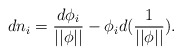
\begin{align*}dn_i=\frac{d\phi _i}{||\phi ||}-\phi _id({\frac 1{||\phi ||}}).\end{align*}